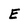
Character: E